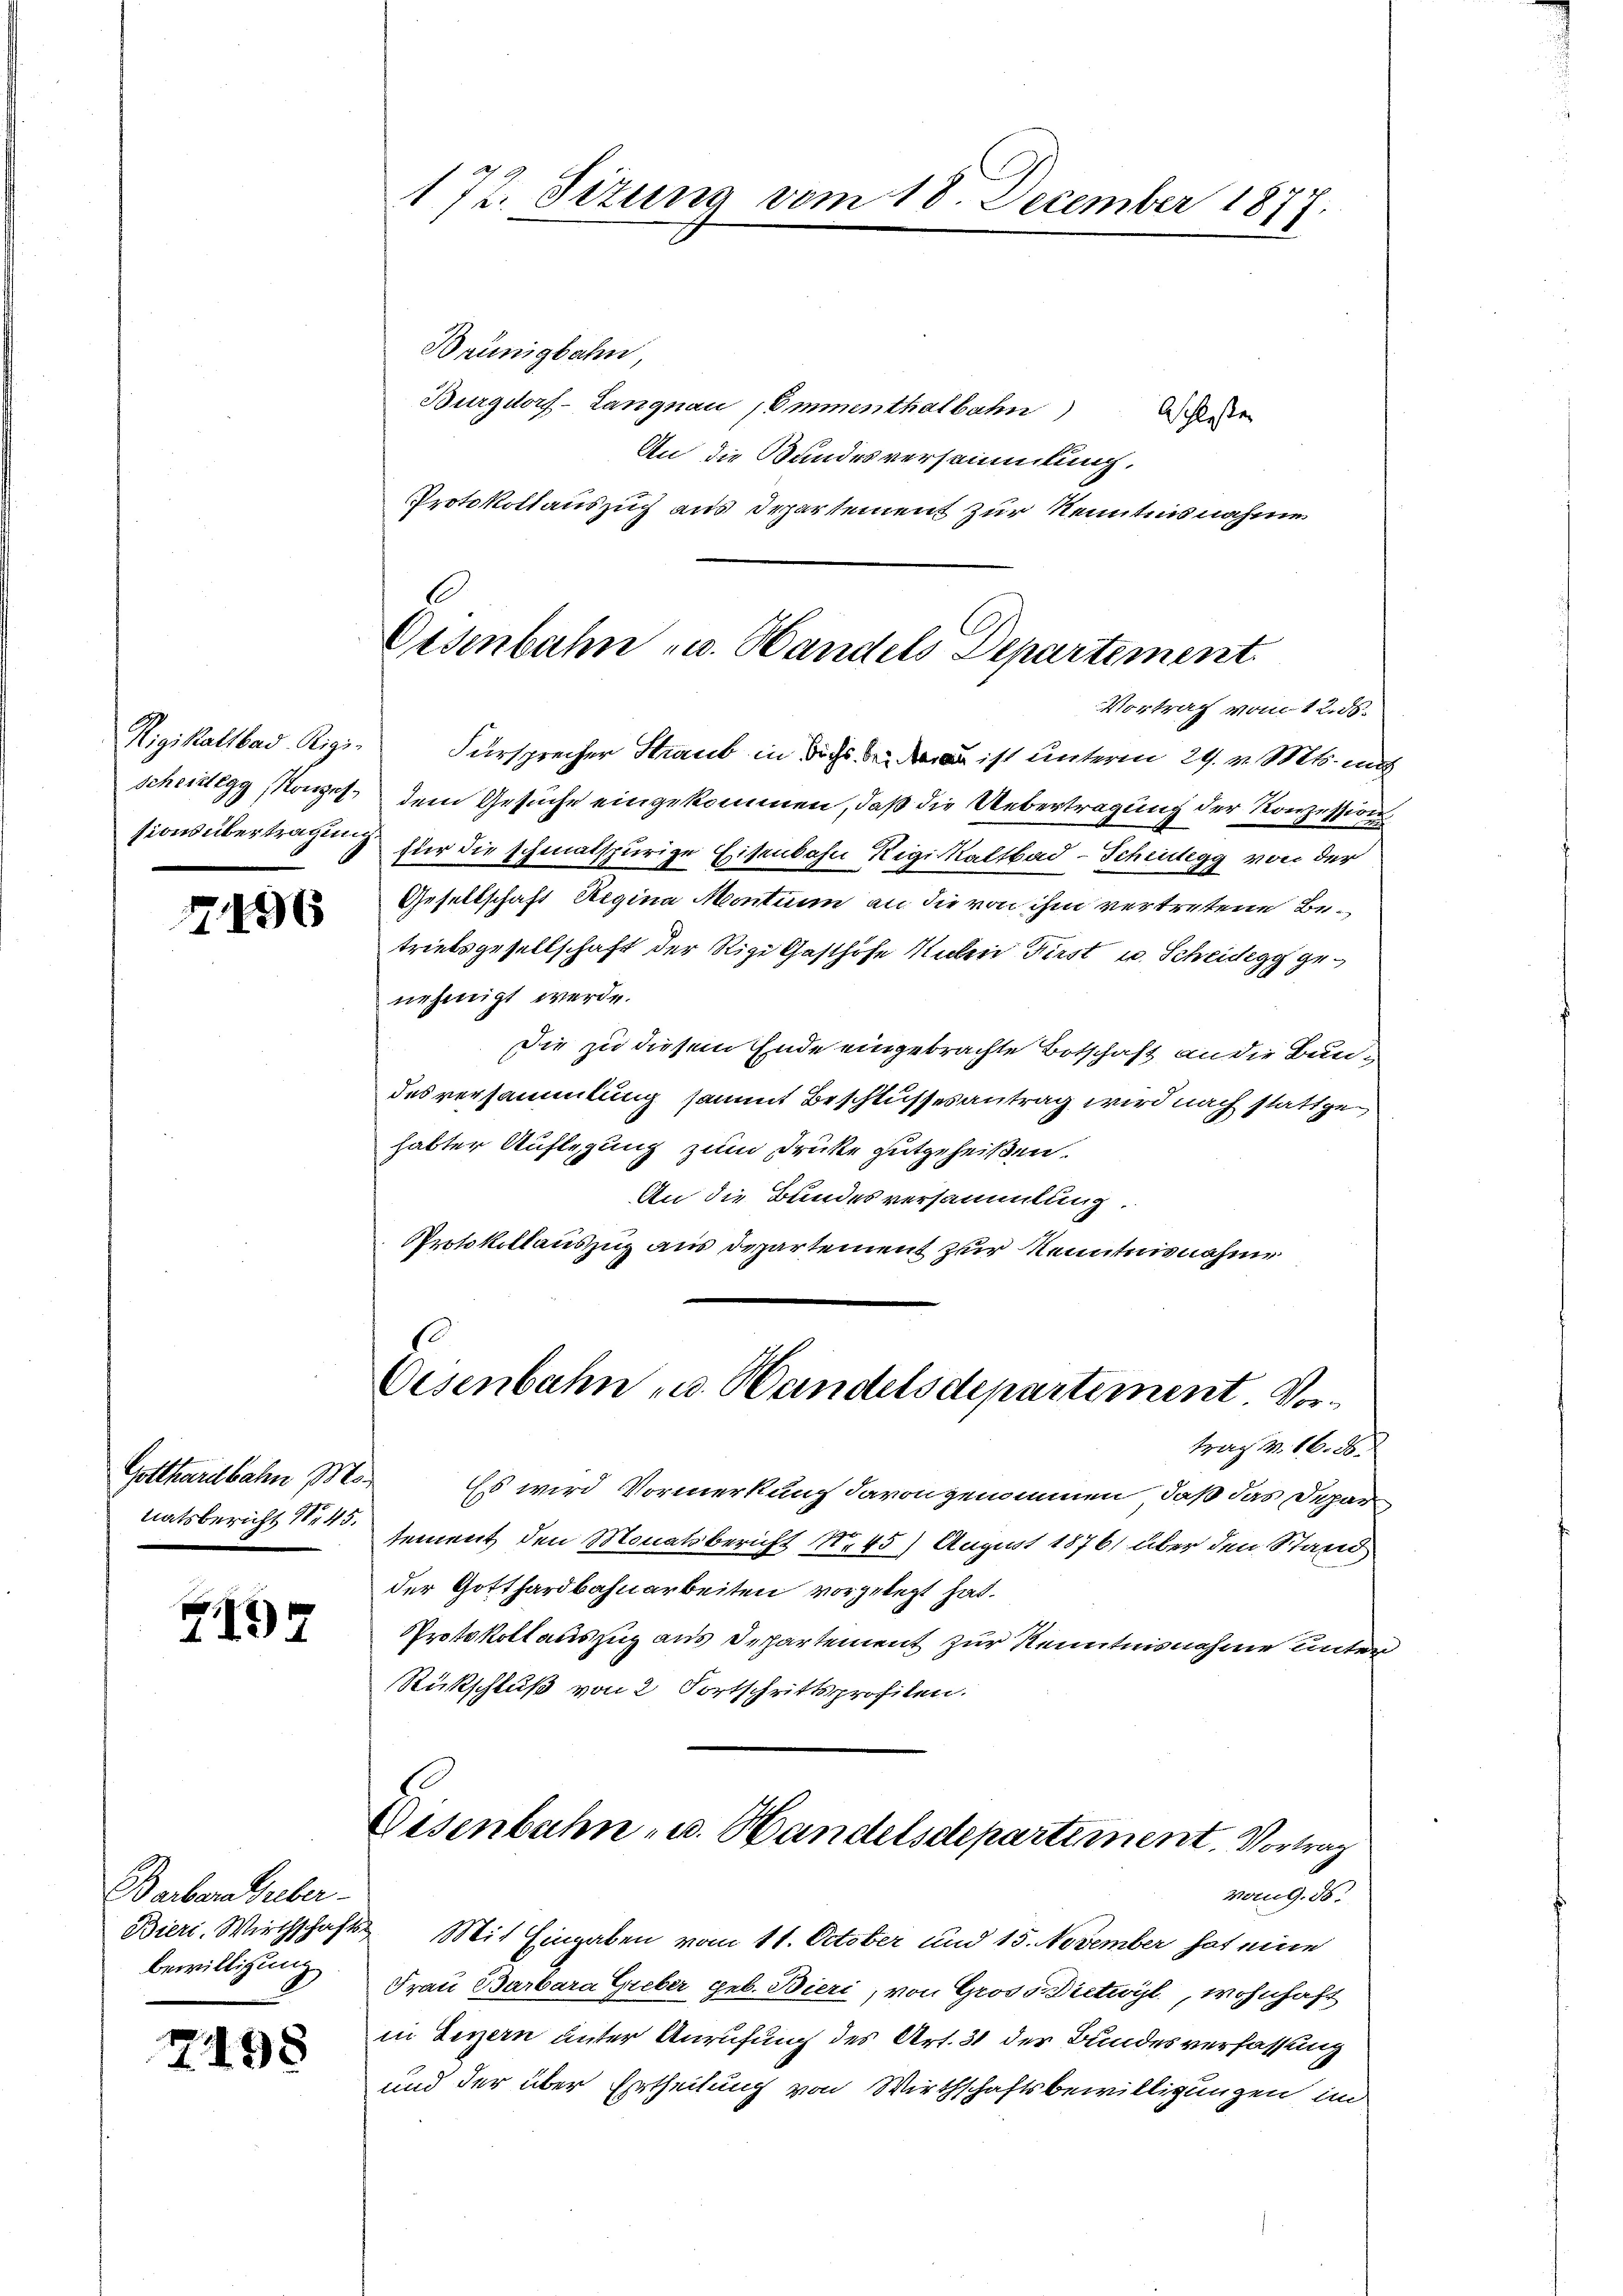
Rigiktallbad. Rigi-

196

Gotthardbahn Bs.
Ratsbericht Nr 45.

7

Barbara Hueber-
bewilligung

2198

172. Sizung vom 18. December 1877.

Brünigbahn,
Burgdorf-Langnau, Emmenthalbahnde
An die Bundesversammlung.
Protokollauszug aus Departement zur Kenntnisnahme

Fürsprecher Straub in dich ist unterm 29. v. Mts. mit
scheidegg Konzes dem Gesuche eingekommen, daß die Uebertragung der Konzession
sions übertragen für die schmalspurige Eisenbahn Rigi Kaltbad-Scheidegg von der
Gesellschaft Regina Montium an die von ihm vertretene Betriebsgesellschaft der Rigi Gasthöfe Huber First u. Scheidegg genehmigt werde.
Die zu diesem Ende eingebrachte Botschaft an die Bun-
des versammlung sammt Beschlussesantrag wird nach stattge
habter Auflegung zum Drücke gutgeheißen.
An die Bundesversammlung
Protokollauszug aus Departement zur Kenntnisnahme

Bieri. Wirthschafts- Mit Eingaben vom 11. October und 15. November hat eine
Frau Barbara Greber geb. Bieri, von Gross. Dietwyl, wohnhaft
in Lezzern unter Anrufung des Art. 31 der Bundesverfassung
und der über Ertheilung von Wirthschaftsbewilligungen im

traf v. 16. d.
Es wird Vormerkung davon genommen, daß das Depar
sement den Monatsbericht No 45) August 1876, über den Stand
der Gotthardbahnarbeiten vorgelegt hat.
Protokollauszug aus Departement zur Kenntnisnahme unter
Rückschluß von 2 Fortschrittsprofilen.

s
Oesenbahn u. Handels Departement.
Vortrag vom 12. ds.

Disenbahn u. Handelsdepartement Vor¬

Eisenbahn- u. Handelsdepartement. Vortrag
vong. ds.